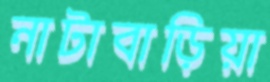
নাটাবাড়িয়া